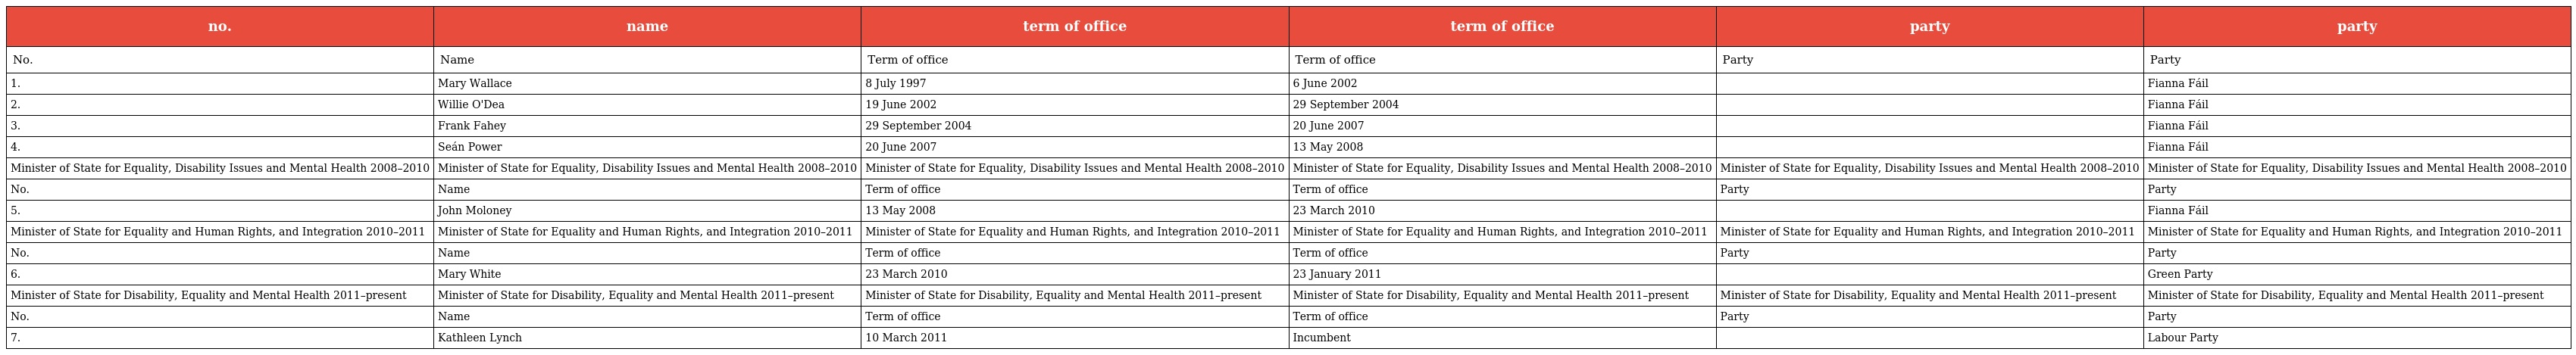
| no. | name | term of office | term of office | party | party |
 | --- | --- | --- | --- | --- | --- |
 | No. | Name | Term of office | Term of office | Party | Party |
 | 1. | Mary Wallace | 8 July 1997 | 6 June 2002 |  | Fianna Fáil |
 | 2. | Willie O'Dea | 19 June 2002 | 29 September 2004 |  | Fianna Fáil |
 | 3. | Frank Fahey | 29 September 2004 | 20 June 2007 |  | Fianna Fáil |
 | 4. | Seán Power | 20 June 2007 | 13 May 2008 |  | Fianna Fáil |
 | Minister of State for Equality, Disability Issues and Mental Health 2008–2010 | Minister of State for Equality, Disability Issues and Mental Health 2008–2010 | Minister of State for Equality, Disability Issues and Mental Health 2008–2010 | Minister of State for Equality, Disability Issues and Mental Health 2008–2010 | Minister of State for Equality, Disability Issues and Mental Health 2008–2010 | Minister of State for Equality, Disability Issues and Mental Health 2008–2010 |
 | No. | Name | Term of office | Term of office | Party | Party |
 | 5. | John Moloney | 13 May 2008 | 23 March 2010 |  | Fianna Fáil |
 | Minister of State for Equality and Human Rights, and Integration 2010–2011 | Minister of State for Equality and Human Rights, and Integration 2010–2011 | Minister of State for Equality and Human Rights, and Integration 2010–2011 | Minister of State for Equality and Human Rights, and Integration 2010–2011 | Minister of State for Equality and Human Rights, and Integration 2010–2011 | Minister of State for Equality and Human Rights, and Integration 2010–2011 |
 | No. | Name | Term of office | Term of office | Party | Party |
 | 6. | Mary White | 23 March 2010 | 23 January 2011 |  | Green Party |
 | Minister of State for Disability, Equality and Mental Health 2011–present | Minister of State for Disability, Equality and Mental Health 2011–present | Minister of State for Disability, Equality and Mental Health 2011–present | Minister of State for Disability, Equality and Mental Health 2011–present | Minister of State for Disability, Equality and Mental Health 2011–present | Minister of State for Disability, Equality and Mental Health 2011–present |
 | No. | Name | Term of office | Term of office | Party | Party |
 | 7. | Kathleen Lynch | 10 March 2011 | Incumbent |  | Labour Party |